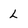
Character: L